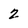
Character: 2